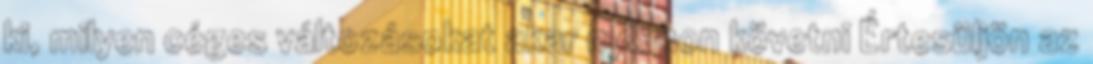
ki, milyen céges változásokat akar nyomon követni Értesüljön az